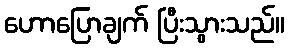
ဟောပြောချက် ပြီးသွားသည်။